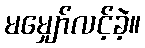
မမျှော်လင့်ခဲ့။